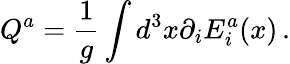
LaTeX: Q^{a}=\frac 1{g}\int d^{3}x\partial_{i}E_{i}^{a}(x)\, .